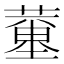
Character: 𦻍